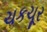
ચકચૂર